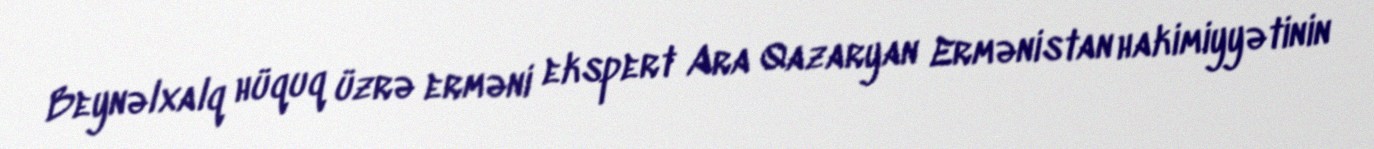
Beynəlxalq hüquq üzrə erməni ekspert Ara Qazaryan Ermənistan hakimiyyətinin